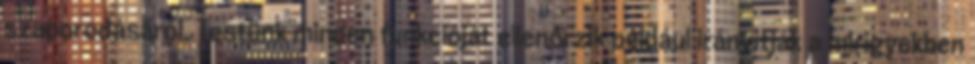
szaporodásáról. Testünk minden funkcióját ellenőrzik például irányítják a mirigyekben